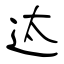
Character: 迏